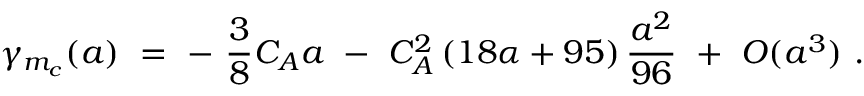
\gamma _ { m _ { c } } ( a ) ~ = ~ - ~ \frac { 3 } { 8 } C _ { A } a ~ - ~ C _ { A } ^ { 2 } \left( 1 8 \alpha + 9 5 \right) \frac { a ^ { 2 } } { 9 6 } ~ + ~ O ( a ^ { 3 } ) ~ .